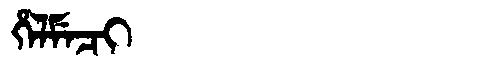
Manchu: ᡥᡝᠯᠮᡝᠴᡳ
Romanization: HELMECI